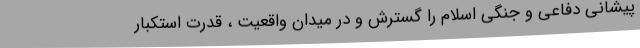
پیشانی دفاعی و جنگی اسلام را گسترش و در میدان واقعیت ، قدرت استکبار